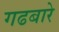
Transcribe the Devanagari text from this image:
गढबारे